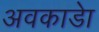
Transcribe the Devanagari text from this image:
अवकाडाे